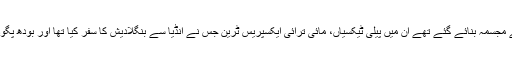
اس سے قبل جن چیزوں کے مجسمہ بنائے گئے تھے ان میں پیلی ٹیکسیاں، مائی ترائی ایکسپریس ٹرین جس نے انڈیا سے بنگلادیش کا سفر کیا تھا اور بودھ پگوڈا کے مجسمے شامل تھے۔